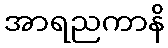
အာရညကာနိ